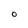
Character: O